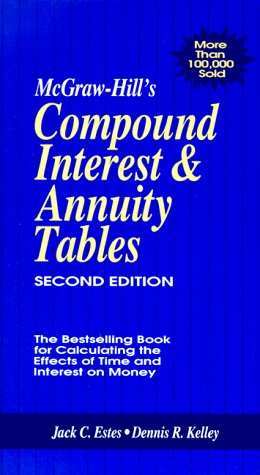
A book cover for McGraw-Hill's Compound Interest Annuity Tables; Jack C. Estes; Business & Money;